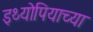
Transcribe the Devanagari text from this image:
इथ्योपियाच्या